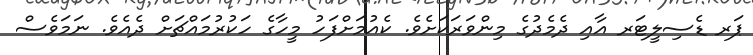
ޕަރ ޑެސިލީޓަރ އާއި ދެމެދުގެ މިންވަރަކަށެވެ. ކެއުމަށްފަހު މީހާގެ ހަކުރުމައްޗަށް ދެއެވެ. ނަމަވެސް